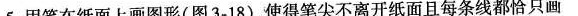
5.用笔在纸面上画图形(图3-18)，使得笔尖不离开纸面且每条线都恰只画